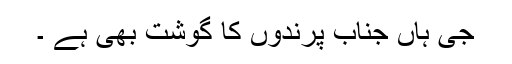
جی ہاں جناب پرندوں کا گوشت بھی ہے ۔